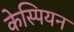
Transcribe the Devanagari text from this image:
केस्पियन